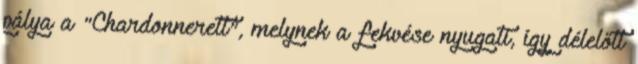
pálya a "Chardonnerett", melynek a fekvése nyugati, így délelőtt